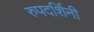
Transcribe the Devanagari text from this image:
रुपदर्शिनी